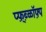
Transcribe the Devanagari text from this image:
प्फ़़्ब्ळॉफ़्प